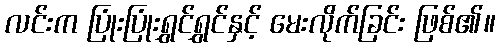
လင်းက ပြုံးပြုံးရွှင်ရွှင်နှင့် မေးလိုက်ခြင်း ဖြစ်၏။